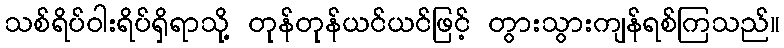
သစ်ရိပ်ဝါးရိပ်ရှိရာသို့ တုန်တုန်ယင်ယင်ဖြင့် တွားသွားကျန်ရစ်ကြသည်။